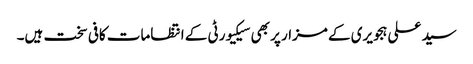
سید علی ہجویری کے مزار پر بھی سیکیورٹی کے انتظامات کافی سخت ہیں۔